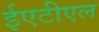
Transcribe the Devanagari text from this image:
ईएटीएल